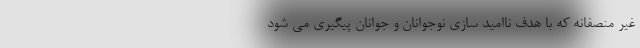
غیر منصفانه که با هدف ناامید سازی نوجوانان و جوانان پیگیری می شود